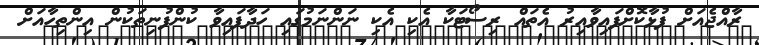
ރާއްޖެއަށް ފުޅާކޮށްފައިވާއިރު އެތައް ރިސޯޓަކާ އެކި އެކި ނަންނަމުގައި ހަދާފައިވާ ކުންފުނިތަކުން އިންތިހާއަށް